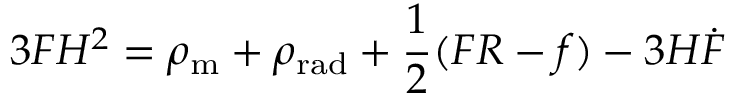
3 F H ^ { 2 } = \rho _ { \mathrm { { m } } } + \rho _ { \mathrm { { r a d } } } + { \frac { 1 } { 2 } } ( F R - f ) - 3 H { \dot { F } }